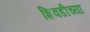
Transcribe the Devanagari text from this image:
शिवडीच्या